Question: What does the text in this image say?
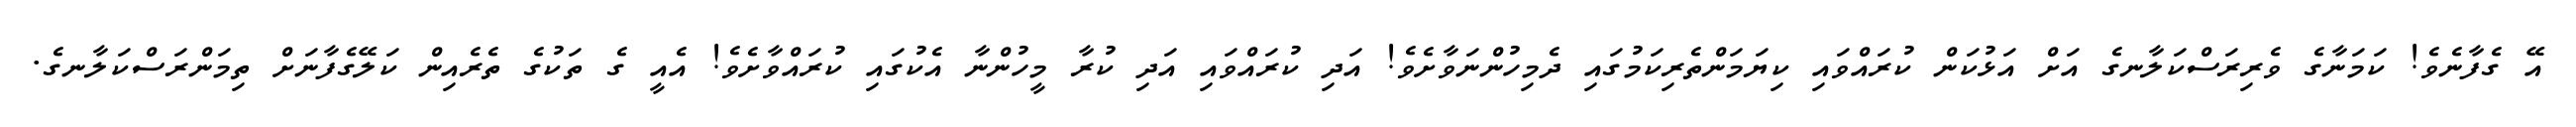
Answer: އޭ ގެފާނެވެ! ކަމަނާގެ ވެރިރަސްކަލާނގެ އަށް އަޅުކަން ކުރައްވައި ކިޔަމަންތެރިކަމުގައި ދެމިހުންނަވާށެވެ! އަދި ކުރައްވައި އަދި ކުރާ މީހުންނާ އެކުގައި ކުރައްވާށެވެ! އެއީ ގެ ތަކުގެ ތެރެއިން ކަލޭގެފާނަށް ތިމަންރަސްކަލާނގެ.